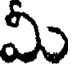
మీ